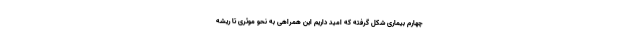
چهارم بیماری شکل گرفته که امید داریم این همراهی به نحو موثری تا ریشه